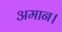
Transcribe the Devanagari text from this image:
अमान।